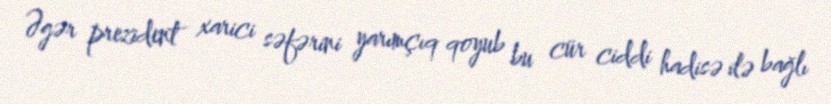
Əgər prezident xarici səfərini yarımçıq qoyub bu cür ciddi hadisə ilə bağlı